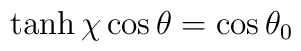
\tanh \chi \cos \theta =\cos \theta _{0}